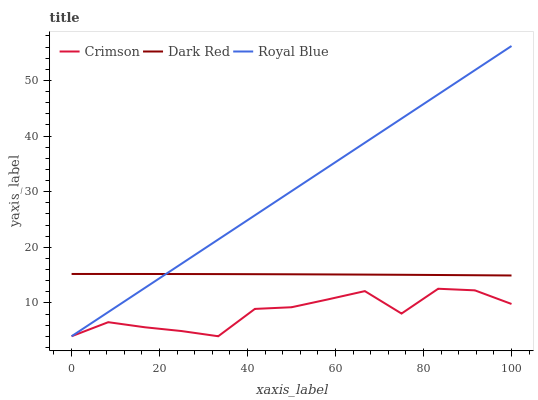
| xaxis_label | Crimson | Dark Red | Royal Blue |
 | --- | --- | --- | --- |
 | 0 | 4 | 15.2 | 4 |
 | 8.33 | 6.53 | 15.2 | 8.35 |
 | 16.7 | 5.61 | 15.2 | 12.7 |
 | 25 | 4.93 | 15.2 | 17 |
 | 33.3 | 4 | 15.2 | 21.4 |
 | 41.7 | 8.92 | 15.2 | 25.7 |
 | 50 | 9.22 | 15.1 | 30.1 |
 | 58.3 | 10.6 | 15.1 | 34.4 |
 | 66.7 | 12.1 | 15.1 | 38.8 |
 | 75 | 8.08 | 15.1 | 43.1 |
 | 83.3 | 12.5 | 15 | 47.5 |
 | 91.7 | 12.3 | 15 | 51.8 |
 | 100 | 9.8 | 14.9 | 56.2 |